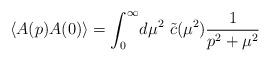
LaTeX: \begin{align*} \langle A(p)A(0)\rangle = \int_0^\infty\! d\mu^2\ \tilde{c}(\mu^2)\frac{1}{p^2+\mu^2}\end{align*}